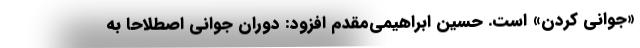
«جوانی کردن» است. حسین ابراهیمی‌مقدم افزود: دوران جوانی اصطلاحا به